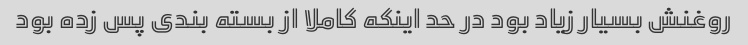
روغنش بسیار زیاد بود در حد اینکه کاملا از بسته بندی پس زده بود